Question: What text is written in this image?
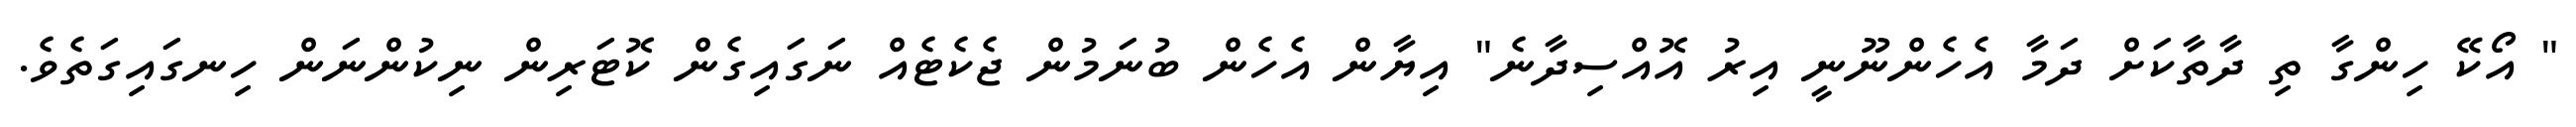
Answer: " އޯކޭ ހިންގާ ތި ދާތާކަށް ދަމާ އެހެންނޫނީ އިރު އޮއްސިދާނެ" އިޔާން އެހެން ބުނަމުން ޖެކެޓެއް ނަގައިގެން ކޮޓަރިން ނިކުންނަން ހިނގައިގަތެވެ.